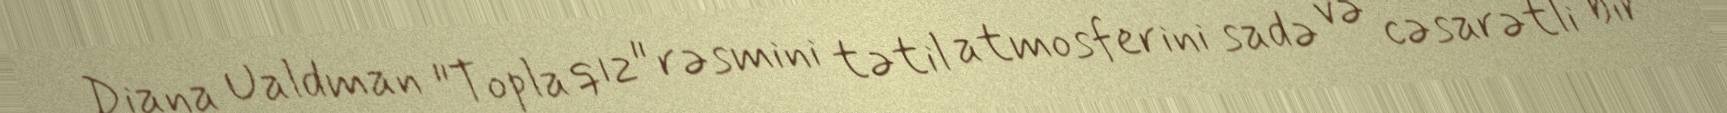
Diana Ualdman "Topla qız" rəsmini tətil atmosferini sadə və cəsarətli bir